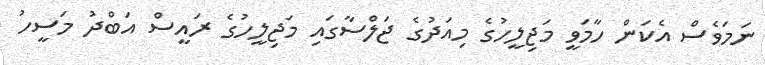
ނަމަވެސް އެކަން ހާމަވީ މަޖިލީހުގެ މިއަދުގެ ޖަލްސާގައި މަޖިލީހުގެ ރައީސް އަބްދު މަސީހު